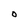
Character: O